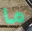
ما